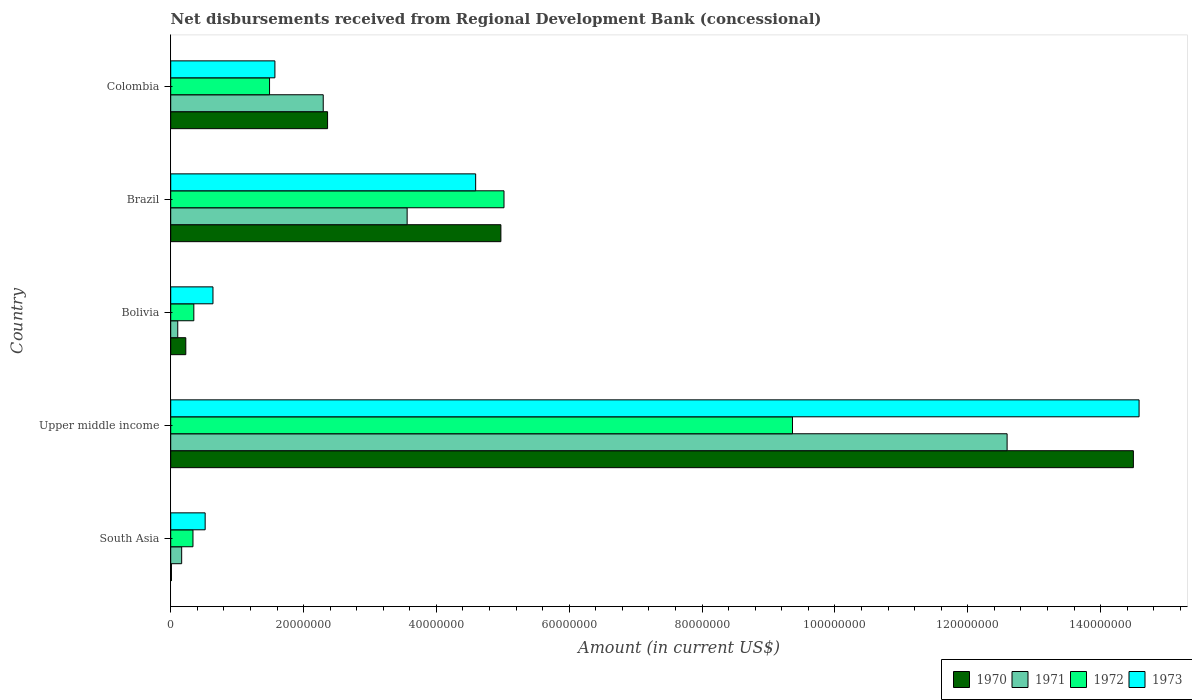
| Country | 1970 | 1971 | 1972 | 1973 |
 | --- | --- | --- | --- | --- |
 | South Asia | 1.09e+05 | 1.65e+06 | 3.35e+06 | 5.18e+06 |
 | Upper middle income | 1.45e+08 | 1.26e+08 | 9.36e+07 | 1.46e+08 |
 | Bolivia | 2.27e+06 | 1.06e+06 | 3.48e+06 | 6.36e+06 |
 | Brazil | 4.97e+07 | 3.56e+07 | 5.02e+07 | 4.59e+07 |
 | Colombia | 2.36e+07 | 2.3e+07 | 1.49e+07 | 1.57e+07 |